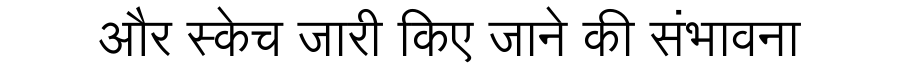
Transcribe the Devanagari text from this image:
और स्केच जारी किए जाने की संभावना